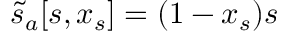
\tilde { s } _ { a } [ s , x _ { s } ] = ( 1 - x _ { s } ) s